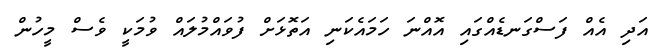
އަދި އެއް ފަސްގަނޑެއްގައި އޮއްނަ ހަމައެކަނި އަތޮޅަށް ފުވައްމުލައް ވުމަކީ ވެސް މީހުން